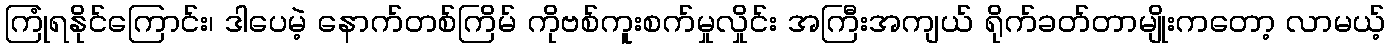
ကြုံရနိုင်ကြောင်း၊ ဒါပေမဲ့ နောက်တစ်ကြိမ် ကိုဗစ်ကူးစက်မှုလှိုင်း အကြီးအကျယ် ရိုက်ခတ်တာမျိုးကတော့ လာမယ့်